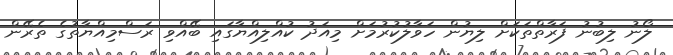
ލޯނު ލިބުނު ފަރާތްތަކަށް ލިޔުން ހަވާލުކުރުމަށް މިއަދު ކުއްލިއްޔާގައި ބޭއްވި ރަސްމިއްޔާތުގެ ތެރޭން